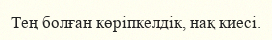
Тең болған көріпкелдік, нақ киесі.